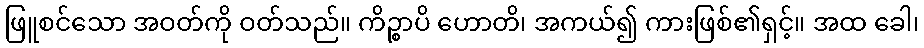
ဖြူစင်သော အဝတ်ကို ဝတ်သည်။ ကိဉ္စာပိ ဟောတိ၊ အကယ်၍ ကားဖြစ်၏ရှင့်။ အထ ခေါ၊